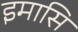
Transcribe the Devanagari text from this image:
इमासि